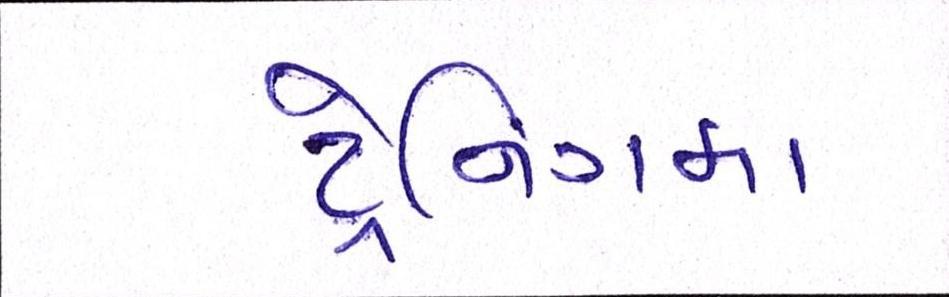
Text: ટ્રેનિગમા